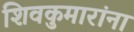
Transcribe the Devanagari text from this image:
शिवकुमारांना